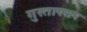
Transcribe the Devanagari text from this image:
गुस्ताफ्सन